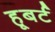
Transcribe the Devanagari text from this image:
हूबर्ट